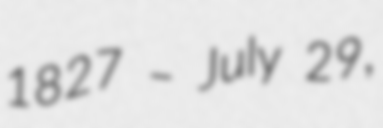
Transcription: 1827 – July 29,